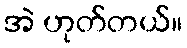
အဲ ဟုတ်တယ်။